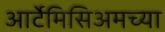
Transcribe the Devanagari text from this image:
आर्टेमिसिअमच्या